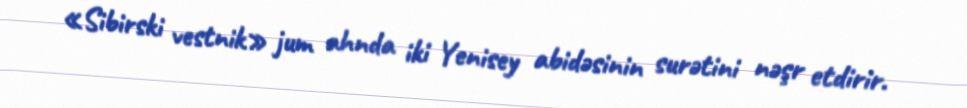
«Sibirski vestnik» jum ahnda iki Yenisey abidəsinin surətini nəşr etdirir.